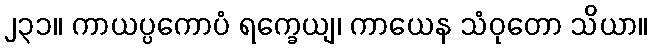
၂၃၁။ ကာယပ္ပကောပံ ရက္ခေယျ၊ ကာယေန သံဝုတော သိယာ။